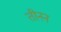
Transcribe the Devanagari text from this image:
तीनन